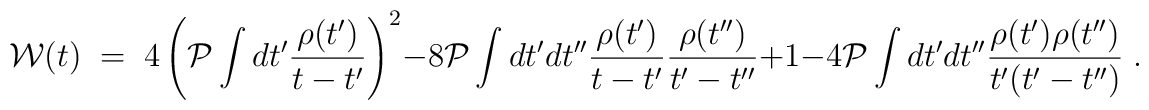
{\cal W}(t) \; = \; 4 \left( {\cal P}\int dt'\frac{\rho(t')}{t-t'}\right)^2-8{\cal P}\int dt'dt''\frac{\rho(t')}{t-t'}\frac{\rho(t'')}{t'-t''}+1-4{\cal P}\int dt'dt''\frac{\rho(t')\rho(t'')}{t'(t'-t'')} \; .